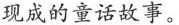
现成的童话故事。